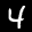
Label: 4